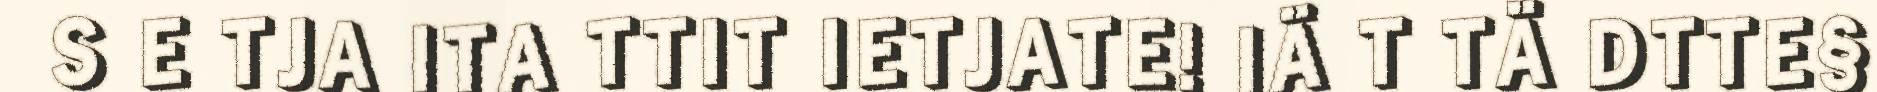
S E TJA ITA TTIT IETJATE! IÄ T TÄ DTTE§